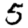
Digit: 5